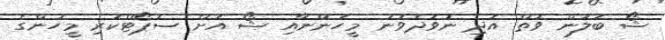
ޝޯ ބަލަން ވަތް އަދި ނުވަދެވުނު މީހުންނާއި ޝޯ އަށް ސަޕޯޓްކުރި މީހުންގެ